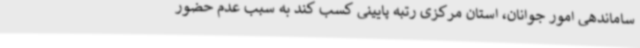
ساماندهی امور جوانان، استان مرکزی رتبه پایینی کسب کند به سبب عدم حضور